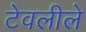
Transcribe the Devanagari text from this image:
टेवलीले